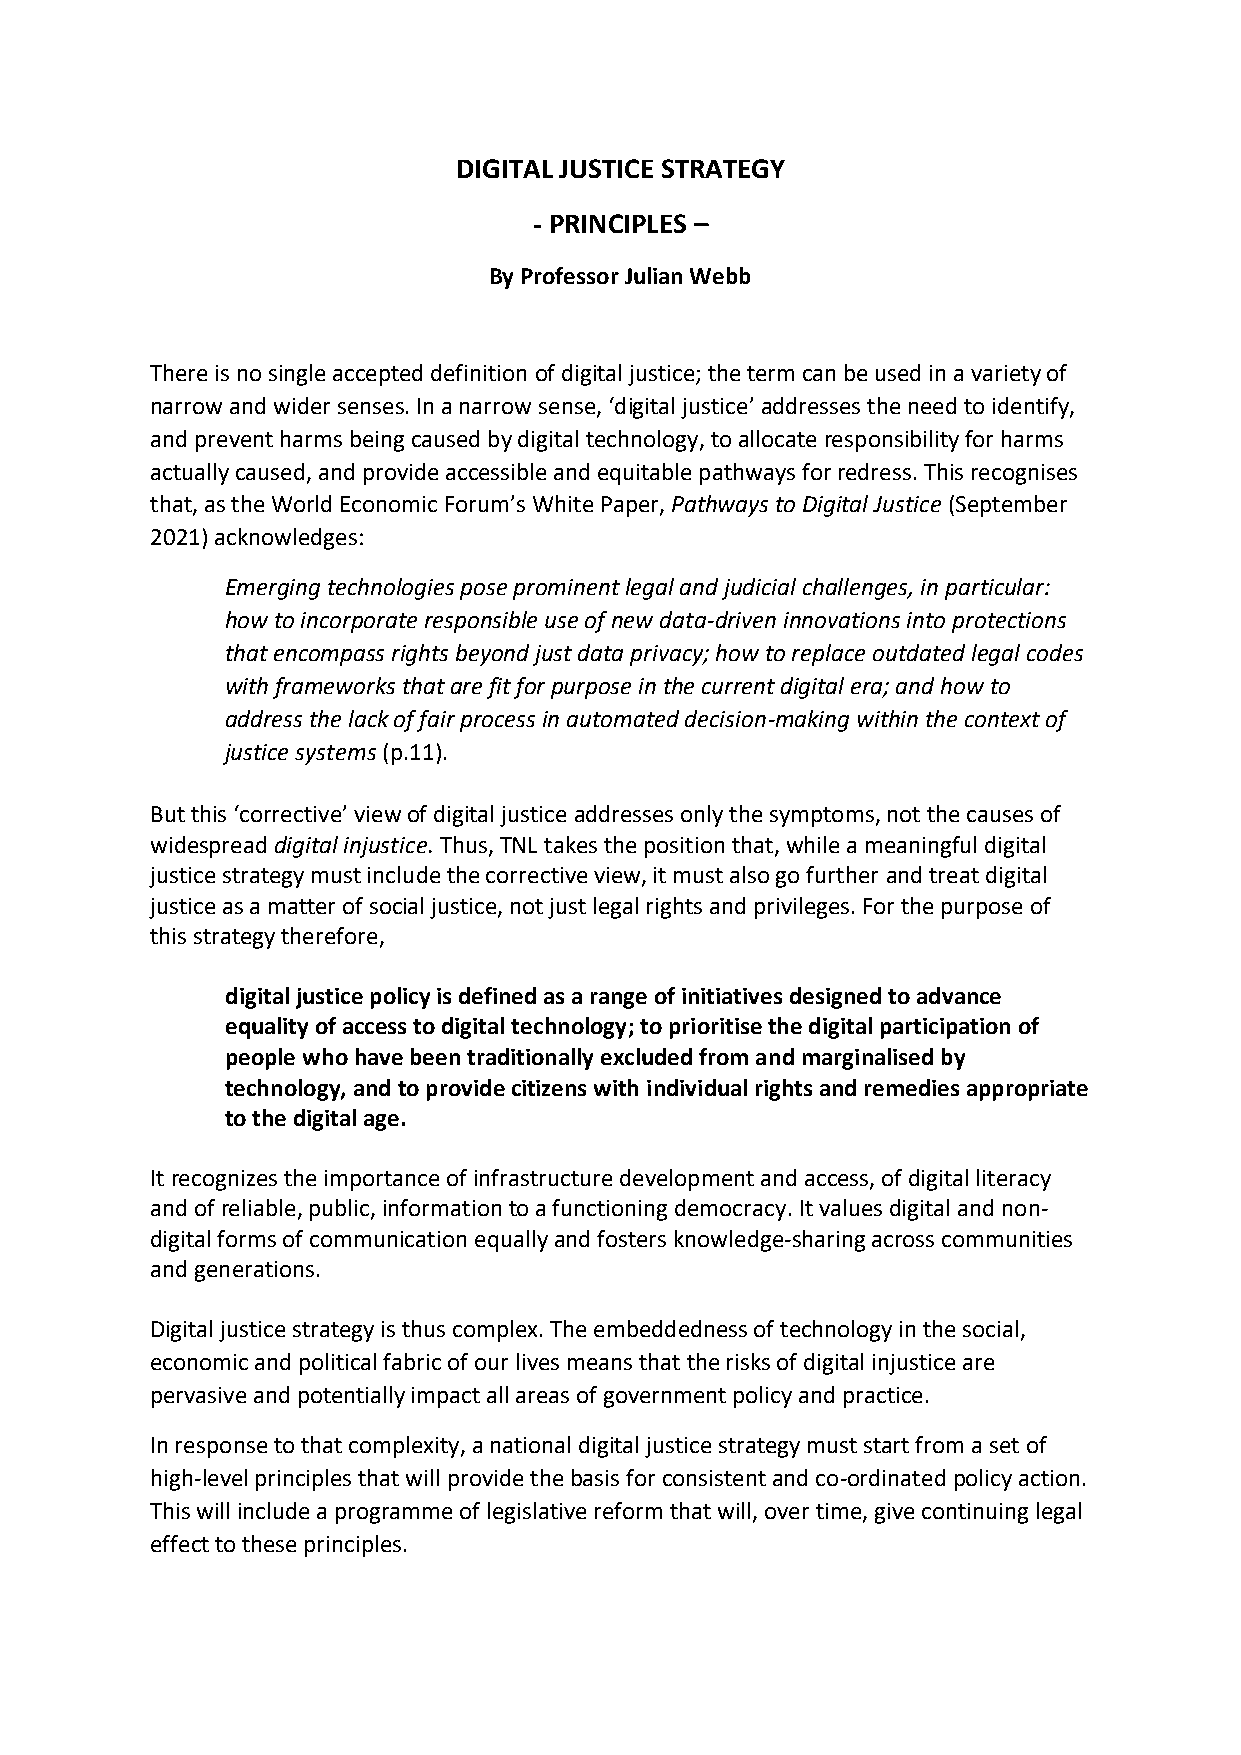
DIGITAL JUSTICE STRATEGY
 - PRINCIPLES –
 By Professor Julian Webb
 There is no single accepted definition of digital justice; the term can be used in a variety of
 narrow and wider senses. In a narrow sense, ‘digital justice’ addresses the need to identify,
 and prevent harms being caused by digital technology, to allocate responsibility for harms
 actually caused, and provide accessible and equitable pathways for redress. This recognises
 that, as the World Economic Forum’s White Paper, Pathways to Digital Justice (September
 2021) acknowledges:
 Emerging technologies pose prominent legal and judicial challenges, in particular:
 how to incorporate responsible use of new data-driven innovations into protections
 that encompass rights beyond just data privacy; how to replace outdated legal codes
 with frameworks that are fit for purpose in the current digital era; and how to
 address the lack of fair process in automated decision-making within the context of
 justice systems (p.11).
 But this ‘corrective’ view of digital justice addresses only the symptoms, not the causes of
 widespread digital injustice. Thus, TNL takes the position that, while a meaningful digital
 justice strategy must include the corrective view, it must also go further and treat digital
 justice as a matter of social justice, not just legal rights and privileges. For the purpose of
 this strategy therefore,
 digital justice policy is defined as a range of initiatives designed to advance
 equality of access to digital technology; to prioritise the digital participation of
 people who have been traditionally excluded from and marginalised by
 technology, and to provide citizens with individual rights and remedies appropriate
 to the digital age.
 It recognizes the importance of infrastructure development and access, of digital literacy
 and of reliable, public, information to a functioning democracy. It values digital and non-
 digital forms of communication equally and fosters knowledge-sharing across communities
 and generations.
 Digital justice strategy is thus complex. The embeddedness of technology in the social,
 economic and political fabric of our lives means that the risks of digital injustice are
 pervasive and potentially impact all areas of government policy and practice.
 In response to that complexity, a national digital justice strategy must start from a set of
 high-level principles that will provide the basis for consistent and co-ordinated policy action.
 This will include a programme of legislative reform that will, over time, give continuing legal
 effect to these principles.